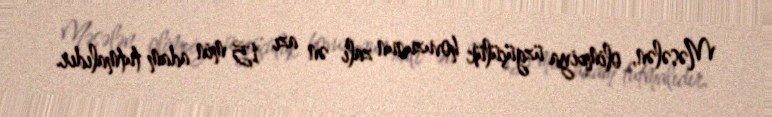
Məsələn, olimpiya üzgüçülük hovuzunun zalı ən azı 15 min adam tutmalıdır.